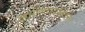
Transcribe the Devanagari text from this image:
जातिव्यवस्थेतील